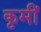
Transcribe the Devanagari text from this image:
कृमीं